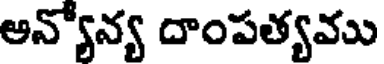
అన్యోన్య దాంపత్యము